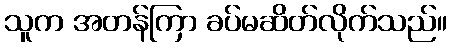
သူက အတန်ကြာ ခပ်မဆိတ်လိုက်သည်။